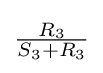
{\tfrac {R_{3}}{S_{3}+R_{3}}}